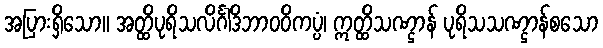
အပြားရှိသော။ အတ္ထိပုရိသလိင်္ဂါဒိဘာဝဝိကပ္ပံ၊ ဣတ္ထိသဏ္ဌာန် ပုရိသသဏ္ဌာန်စသော